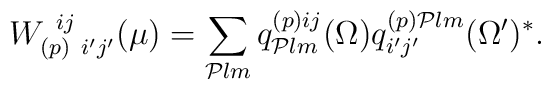
W^{\ ij}_{(p)\ i'j'}(\mu) =\sum_{{\cal P}lm} q^{(p)ij}_{{\cal P}lm}(\Omega ) q^{(p){\cal P}lm}_{i'j'}(\Omega ')^{*}.